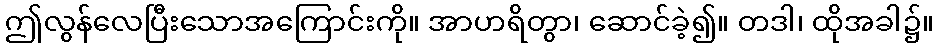
ဤလွန်လေပြီးသောအကြောင်းကို။ အာဟရိတွာ၊ ဆောင်ခဲ့၍။ တဒါ၊ ထိုအခါ၌။